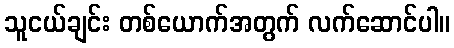
သူငယ်ချင်း တစ်ယောက်အတွက် လက်ဆောင်ပါ။